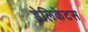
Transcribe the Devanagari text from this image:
डेलिकेटस